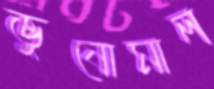
ভুষোমাল